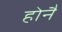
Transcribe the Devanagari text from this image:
होनै